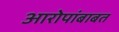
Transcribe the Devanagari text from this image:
आरोपांबाबत